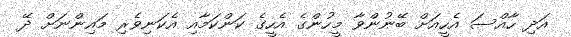
އަދި ހާއްސަ އެހީއަށް ބޭނުންވާ މީހުންގެ އެހީގެ ކަންކަމާއި އެކަނިވެރި މައިންނަށް ދޭ